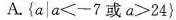
A.$$\left \{ a\mid a<-7或a>24 \right \}$$